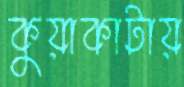
কুয়াকাটায়